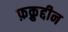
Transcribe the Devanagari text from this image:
फ़क्रुद्दीन